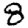
Digit: 8